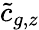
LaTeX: \tilde{c}_{g,z}